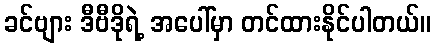
ခင်ဗျား ဒီဗီဒိုရဲ့ အပေါ်မှာ တင်ထားနိုင်ပါတယ်။